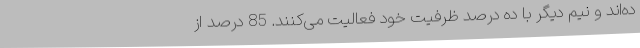
ده‌اند و نیم دیگر با ده درصد ظرفیت خود فعالیت می‌کنند. 85 درصد از